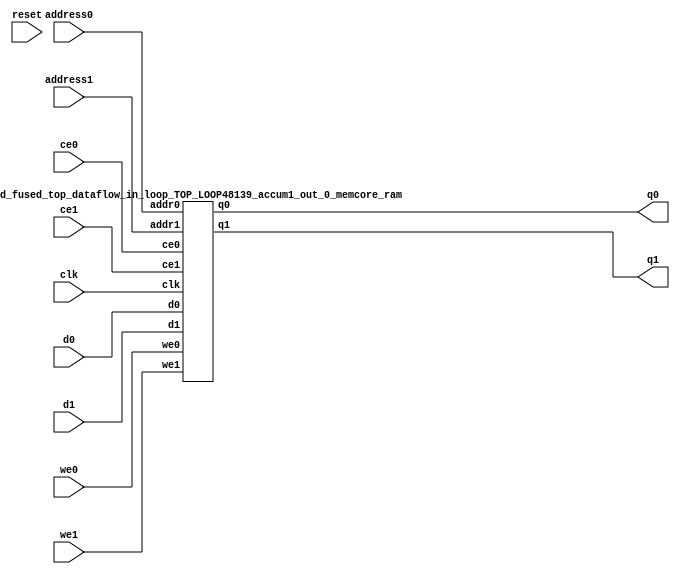
`define EXPONENT 5
`define MANTISSA 10
`define ACTUAL_MANTISSA 11
`define EXPONENT_LSB 10
`define EXPONENT_MSB 14
`define MANTISSA_LSB 0
`define MANTISSA_MSB 9
`define MANTISSA_MUL_SPLIT_LSB 3
`define MANTISSA_MUL_SPLIT_MSB 9
`define SIGN 1
`define SIGN_LOC 15
`define DWIDTH (`SIGN+`EXPONENT+`MANTISSA)
`define IEEE_COMPLIANCE 1

module td_fused_top_dataflow_in_loop_TOP_LOOP48139_accum1_out_0_memcore(
    reset,
    clk,
    address0,
    ce0,
    we0,
    d0,
    q0,
    address1,
    ce1,
    we1,
    d1,
    q1);

parameter DataWidth = 32'd16;
parameter AddressRange = 32'd16;
parameter AddressWidth = 32'd4;
input reset;
input clk;
input[AddressWidth - 1:0] address0;
input ce0;
input we0;
input[DataWidth - 1:0] d0;
output[DataWidth - 1:0] q0;
input[AddressWidth - 1:0] address1;
input ce1;
input we1;
input[DataWidth - 1:0] d1;
output[DataWidth - 1:0] q1;



td_fused_top_dataflow_in_loop_TOP_LOOP48139_accum1_out_0_memcore_ram td_fused_top_dataflow_in_loop_TOP_LOOP48139_accum1_out_0_memcore_ram_U(
    .clk( clk ),
    .addr0( address0 ),
    .ce0( ce0 ),
    .we0( we0 ),
    .d0( d0 ),
    .q0( q0 ),
    .addr1( address1 ),
    .ce1( ce1 ),
    .we1( we1 ),
    .d1( d1 ),
    .q1( q1 )
);

endmodule
module td_fused_top_dataflow_in_loop_TOP_LOOP48139_accum1_out_0_memcore_ram (addr0, ce0, d0, we0, q0, addr1, ce1, d1, we1, q1,  clk);

parameter DWIDTH = 16;
parameter AWIDTH = 4;
parameter MEM_SIZE = 16;

input[AWIDTH-1:0] addr0;
input ce0;
input[DWIDTH-1:0] d0;
input we0;
output reg[DWIDTH-1:0] q0;
input[AWIDTH-1:0] addr1;
input ce1;
input[DWIDTH-1:0] d1;
input we1;
output reg[DWIDTH-1:0] q1;
input clk;

reg [DWIDTH-1:0] ram[MEM_SIZE-1:0];




always @(posedge clk)  
begin 
    if (ce0) begin
        if (we0) 
            ram[addr0] <= d0; 
        q0 <= ram[addr0];
    end
end


always @(posedge clk)  
begin 
    if (ce1) begin
        if (we1) 
            ram[addr1] <= d1; 
        q1 <= ram[addr1];
    end
end


endmodule